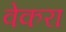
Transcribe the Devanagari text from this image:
वेकरा